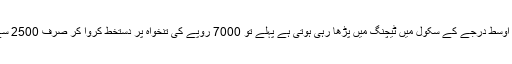
اک میٹرک پاس یا ایف اے پاس لڑکی جو اک اوسط درجے کے سکول میں ٹیچنگ میں پڑھا رہی ہوتی ہے پہلے تو 7000 روپے کی تنخواہ پر دستخط کروا کر صرف 2500 سے 3000 روپے ان کو تھما دیئے جاتے ہیں۔